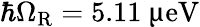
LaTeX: \hbar\Omega_{\mathrm{R}}=5.11~\upmu\mathrm{eV}